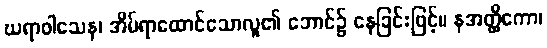
ဃရာဝါသေန၊ အိမ်ရာထောင်သောလူ၏ ဘောင်၌ နေခြင်းဖြင့်။ နအတ္ထိကော၊